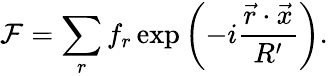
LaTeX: {\cal\mathcal{F}}=\sum_{r}f_{r}\exp\left(-i\frac{{{\vec{{r}}}\cdot{\vec{{x}}}}}{{R^{\prime}}}\right).